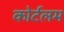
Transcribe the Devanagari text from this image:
कोर्टलम